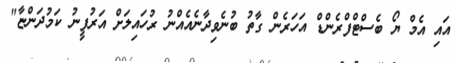
އައި އެމް ޔޯ ބެސްޓްފްރެންޑް އަހަރެން ގާތު ބުނެވިދާނެއެއްނު ރުހައިލަށް އަރުފީނު ކަމުދަންޏާ"